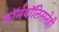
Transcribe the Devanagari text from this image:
कॉर्नवॉलिसनेही